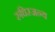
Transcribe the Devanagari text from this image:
रुधिरजन्य